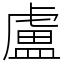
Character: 盧